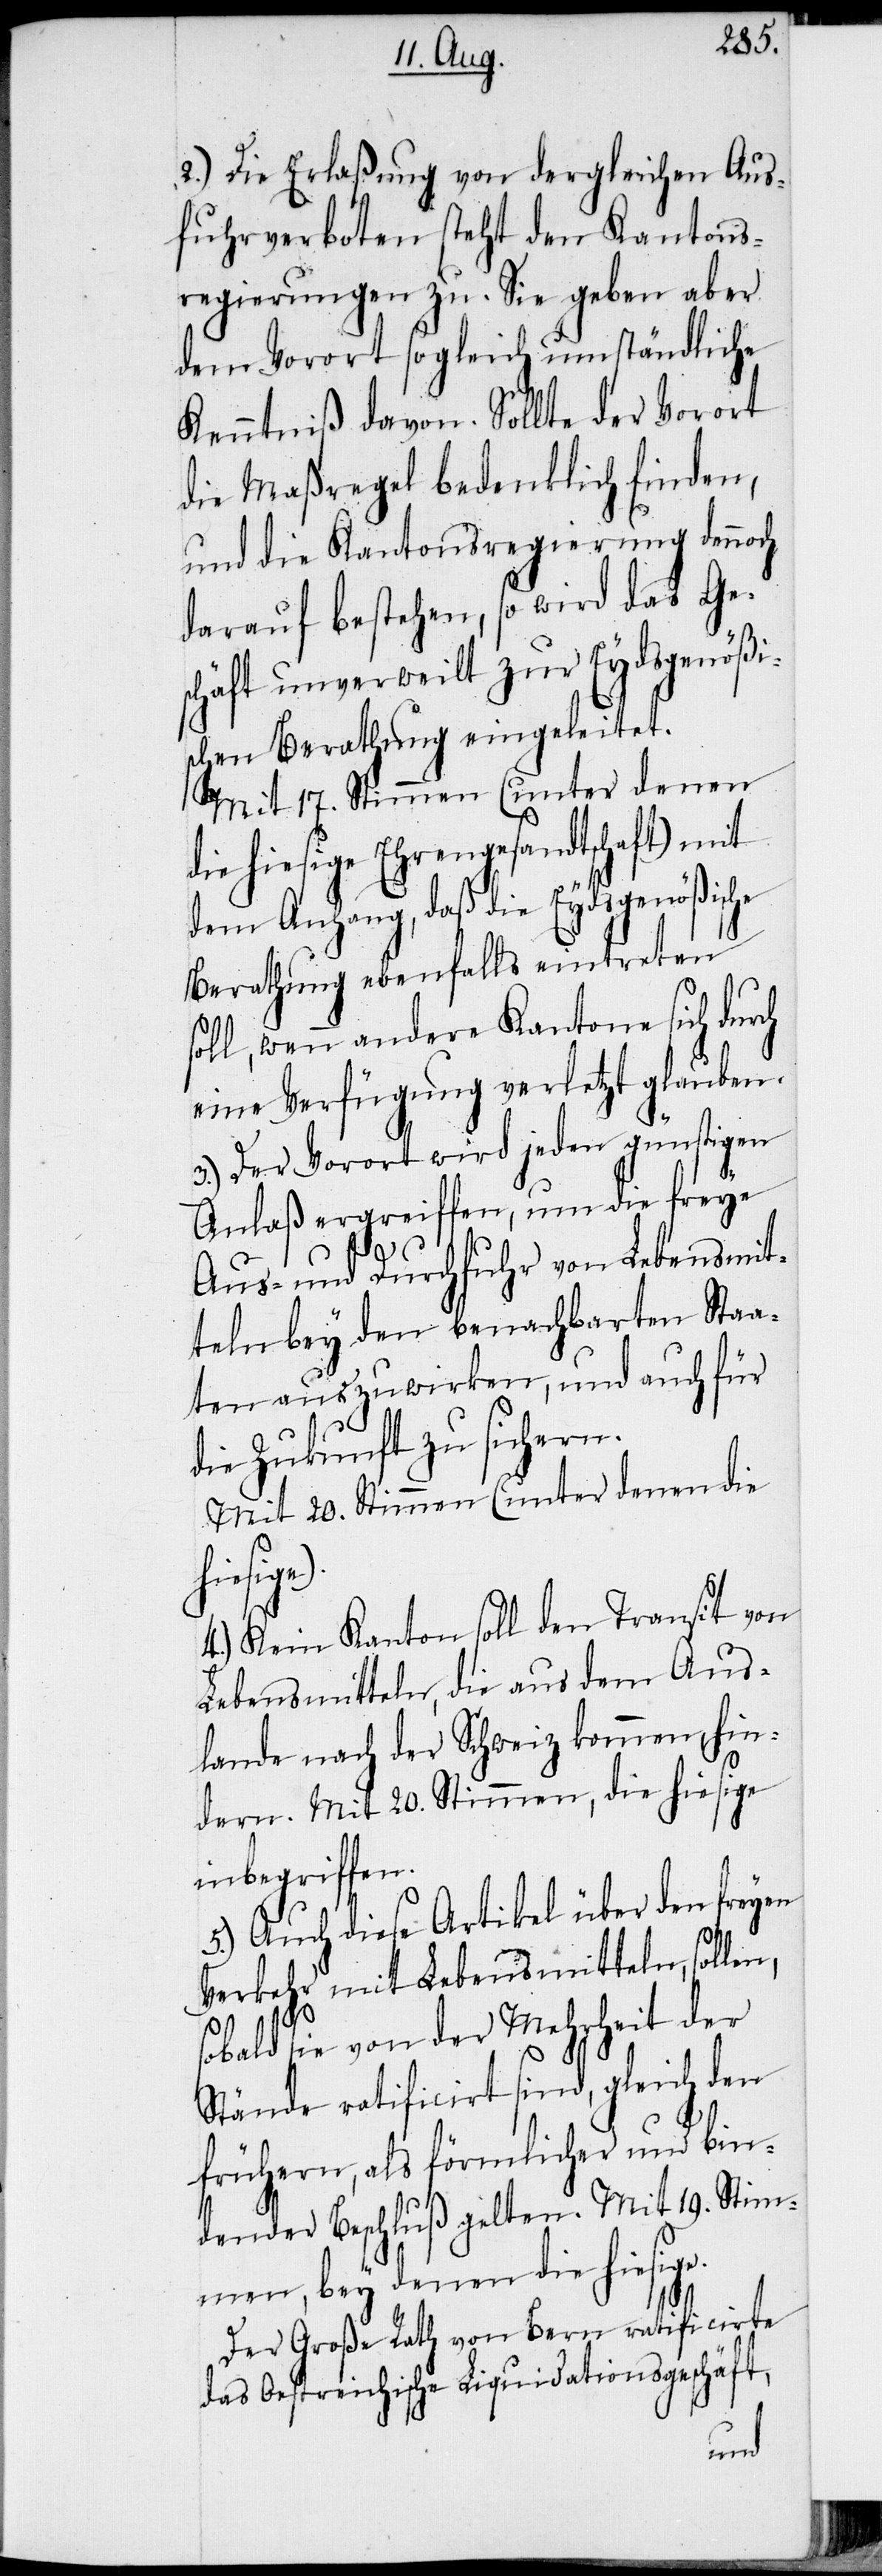
2.) Die Erlaßung von dergleichen Aus¬
fuhrverboten steht den Kantons¬
regierungen zu. Sie geben aber
dem Vorort sogleich umständliche
Kenntniß davon. Sollte der Vorort
die Maßregel bedenklich finden,
und die Kantonsregierung dennoch
darauf bestehen, so wird das Ge¬
schäft unverweilt zur Eydsgenößi¬
schen Berathung eingeleitet.
Mit 17. Stimmen (unter denen
die hiesige Ehrengesandtschaft) mit
dem Anhang, daß die Eydsgenößische
Berathung ebenfalls eintreten
soll, wenn andere Kantone sich durch
eine Verfügung verletzt glauben.
3.) Der Vorort wird jeden günstigen
Anlaß ergreiffen, um die freye
Aus- und Durchfuhr von Lebensmit¬
teln bey den benachbarten Staa¬
ten auszuwirken, und auch für
die Zukunft zu sichern.
Mit 20. Stimmen (unter denen die
sige.)
4.) Kein Kanton soll den Transit von
Lebensmitteln, die aus dem Aus¬
lande nach der Schweiz kommen, hin¬
dern. Mit 20. Stimmen, die hiesige
inbegriffen.
5.) Auch diese Artikel über den freyen
Verkehr mit Lebensmitteln, sollen,
sobald sie von der Mehrheit der
Stände ratificirt sind, gleich den
frühern, als förmlicher und bin¬
dender Beschluß gelten. Mit 19. Stim¬
men, bey denen die hiesige.
Der Große Rath von Bern ratificirte
das Oestreichische Liquidationsgeschäft,